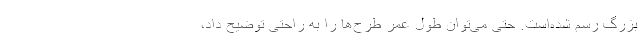
بزرگ رسم شده‌است. حتی می‌توان طول عمر طرح‌ها را به راحتی توضیح داد،